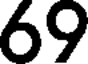
69